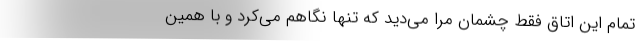
تمام این اتاق فقط چشمان مرا می‌دید که تنها نگاهم می‌کرد و با همین